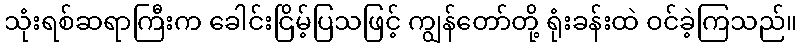
သုံးရစ်ဆရာကြီးက ခေါင်းငြိမ့်ပြသဖြင့် ကျွန်တော်တို့ ရုံးခန်းထဲ ဝင်ခဲ့ကြသည်။